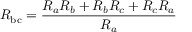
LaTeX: R _ { \mathrm { b c } } = { \frac { R _ { a } R _ { b } + R _ { b } R _ { c } + R _ { c } R _ { a } } { R _ { a } } }